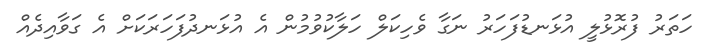
ހަތަރު ފުރޮޅުލީ އުޅަނޑުފަހަރު ނަގާ ވެހިކަލް ހަލާކުވުމުން އެ އުޅަނދުފަހަރަކަށް އެ ގަވާއިދެއް